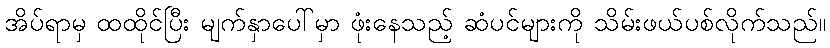
အိပ်ရာမှ ထထိုင်ပြီး မျက်နှာပေါ်မှာ ဖုံးနေသည့် ဆံပင်များကို သိမ်းဖယ်ပစ်လိုက်သည်။